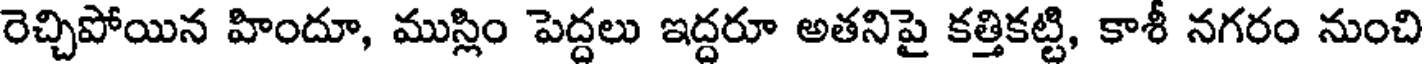
రెచ్చిపోయిన హిందూ, ముస్లిం పెద్దలు ఇద్దరూ అతనిపై కత్తికట్టి, కాశీ నగరం నుంచి